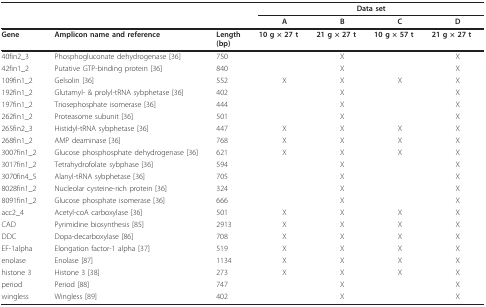
<table><thead><tr><td></td><td></td><td></td><td colspan="4"><b>Data set</b></td></tr><tr><td></td><td></td><td></td><td><b>A</b></td><td><b>B</b></td><td><b>C</b></td><td><b>D</b></td></tr></thead><tbody><tr><td><b>Gene</b></td><td><b>Amplicon name and reference</b></td><td><b>Length</b><b>(bp)</b></td><td> <b>10 g × 27 t</b></td><td> <b>21 g × 27 t</b></td><td> <b>10 g × 57 t</b></td><td> <b>21 g × 27 t</b></td></tr><tr><td>40fin2_3</td><td>Phosphogluconate dehydrogenase [36]</td><td>750</td><td></td><td>X</td><td></td><td>X</td></tr><tr><td>42fin1_2</td><td>Putative GTP-binding protein [36]</td><td>840</td><td></td><td>X</td><td></td><td>X</td></tr><tr><td>109fin1_2</td><td>Gelsolin [36]</td><td>552</td><td>X</td><td>X</td><td>X</td><td>X</td></tr><tr><td>192fin1_2</td><td>Glutamyl- &amp; prolyl-tRNA sybphetase [36]</td><td>402</td><td></td><td>X</td><td></td><td>X</td></tr><tr><td>197fin1_2</td><td>Triosephosphate isomerase [36]</td><td>444</td><td></td><td>X</td><td></td><td>X</td></tr><tr><td>262fin1_2</td><td>Proteasome subunit [36]</td><td>501</td><td></td><td>X</td><td></td><td>X</td></tr><tr><td>265fin2_3</td><td>Histidyl-tRNA sybphetase [36]</td><td>447</td><td>X</td><td>X</td><td>X</td><td>X</td></tr><tr><td>268fin1_2</td><td>AMP deaminase [36]</td><td>768</td><td>X</td><td>X</td><td>X</td><td>X</td></tr><tr><td>3007fin1_2</td><td>Glucose phosphosphate dehydrogenase [36]</td><td>621</td><td>X</td><td>X</td><td>X</td><td>X</td></tr><tr><td>3017fin1_2</td><td>Tetrahydrofolate sybphase [36]</td><td>594</td><td></td><td>X</td><td></td><td>X</td></tr><tr><td>3070fin4_5</td><td>Alanyl-tRNA sybphetase [36]</td><td>705</td><td></td><td>X</td><td></td><td>X</td></tr><tr><td>8028fin1_2</td><td>Nucleolar cysteine-rich protein [36]</td><td>324</td><td></td><td>X</td><td></td><td>X</td></tr><tr><td>8091fin1_2</td><td>Glucose phosphate isomerase [36]</td><td>666</td><td></td><td>X</td><td></td><td>X</td></tr><tr><td>acc2_4</td><td>Acetyl-coA carboxylase [36]</td><td>501</td><td>X</td><td>X</td><td>X</td><td>X</td></tr><tr><td>CAD</td><td>Pyrimidine biosynthesis [85]</td><td>2913</td><td>X</td><td>X</td><td>X</td><td>X</td></tr><tr><td>DDC</td><td>Dopa-decarboxylase [86]</td><td>708</td><td>X</td><td>X</td><td>X</td><td>X</td></tr><tr><td>EF-1alpha</td><td>Elongation factor-1 alpha [37]</td><td>519</td><td>X</td><td>X</td><td>X</td><td>X</td></tr><tr><td>enolase</td><td>Enolase [87]</td><td>1134</td><td>X</td><td>X</td><td>X</td><td>X</td></tr><tr><td>histone 3</td><td>Histone 3 [38]</td><td>273</td><td>X</td><td>X</td><td>X</td><td>X</td></tr><tr><td>period</td><td>Period [88]</td><td>747</td><td></td><td>X</td><td></td><td>X</td></tr><tr><td>wingless</td><td>Wingless [89]</td><td>402</td><td></td><td>X</td><td></td><td>X</td></tr></tbody></table>